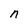
Character: n